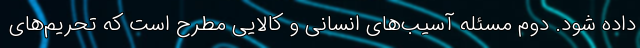
داده شود. دوم مسئله آسیب‌های انسانی و کالایی مطرح است که تحریم‌های